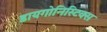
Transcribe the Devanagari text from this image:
डायगोनिस्टिक्‍स